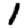
Digit: 1